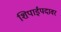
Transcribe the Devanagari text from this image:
शिपाईपदावर